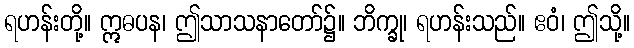
ရဟန်းတို့။ ဣဓပန၊ ဤသာသနာတော်၌။ ဘိက္ခု၊ ရဟန်းသည်။ ဧဝံ၊ ဤသို့။